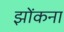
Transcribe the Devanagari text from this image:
झोंकना